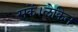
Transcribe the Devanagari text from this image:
सकें।लेकिन